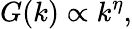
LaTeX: G(k)\propto k^{\eta},